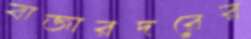
বাজারদরের